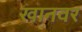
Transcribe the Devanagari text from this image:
खानवर